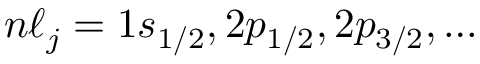
n \ell _ { j } = 1 s _ { 1 / 2 } , 2 p _ { 1 / 2 } , 2 p _ { 3 / 2 } , \ldots